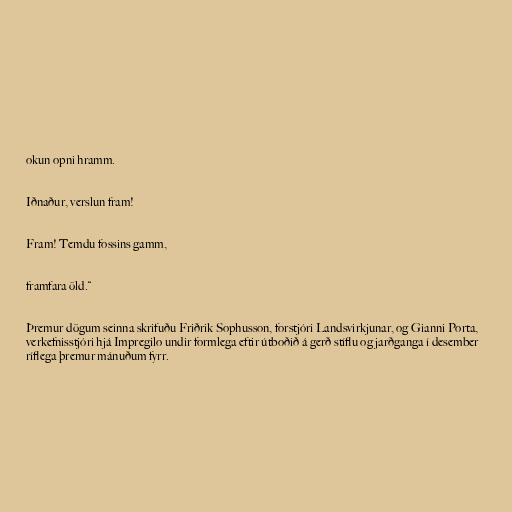
okun opni hramm.

Iðnaður, verslun fram!

Fram! Temdu fossins gamm,

framfara öld.“

Þremur dögum seinna skrifuðu Friðrik Sophusson, forstjóri Landsvirkjunar, og Gianni Porta,
verkefnisstjóri hjá Impregilo undir formlega eftir útboðið á gerð stíflu og jarðganga í desember
ríflega þremur mánuðum fyrr.